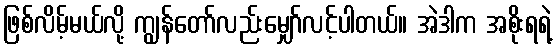
ဖြစ်လိမ့်မယ်လို့ ကျွန်တော်လည်းမျှော်လင့်ပါတယ်။ အဲဒါက အစိုးရရဲ့